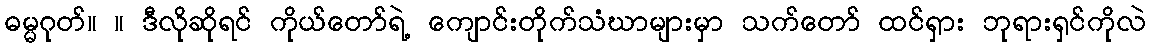
ဓမ္မဂုတ်။ ။ ဒီလိုဆိုရင် ကိုယ်တော်ရဲ့ ကျောင်းတိုက်သံဃာများမှာ သက်တော် ထင်ရှား ဘုရားရှင်ကိုလဲ